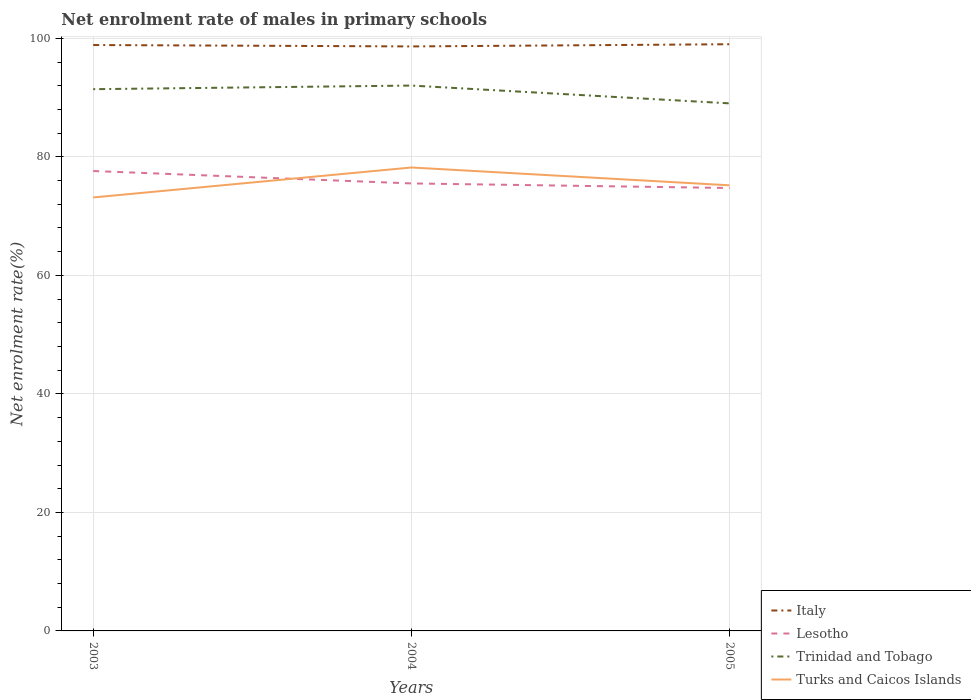
| Years | Italy | Lesotho | Trinidad and Tobago | Turks and Caicos Islands |
 | --- | --- | --- | --- | --- |
 | 2003 | 98.9 | 77.6 | 91.4 | 73.2 |
 | 2004 | 98.6 | 75.5 | 92 | 78.2 |
 | 2005 | 99 | 74.7 | 89 | 75.2 |